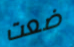
ضعت